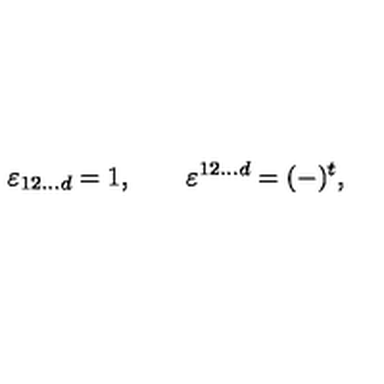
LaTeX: \varepsilon _ { 1 2 \ldots d } = 1 , \qquad \varepsilon ^ { 1 2 \ldots d } = ( - ) ^ { t } ,